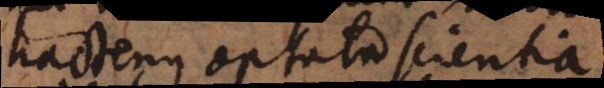
hactenus optata scientia